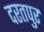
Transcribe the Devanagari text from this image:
दरतपुर